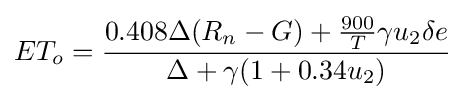
ET_{o}={\frac {0.408\Delta (R_{n}-G)+{\frac {900}{T}}\gamma u_{2}\delta e}{\Delta +\gamma (1+0.34u_{2})}}